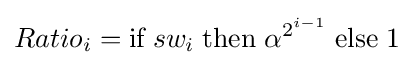
Ratio_{i}={\text{if}}\;sw_{i}\;{\text{then}}\;\alpha ^{2^{i-1}}\;{\text{else}}\;1